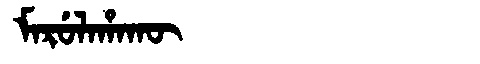
Manchu: ᠮᠠᡵᡠᠯᠠᡥᠠᡴᡡ
Romanization: MARULAHAKŪ